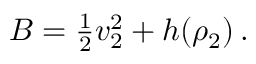
\begin{array} { r } { B = \frac 1 2 v _ { 2 } ^ { 2 } + h ( \rho _ { 2 } ) \, . } \end{array}